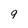
Character: 9